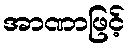
အာဏာဖြင့်